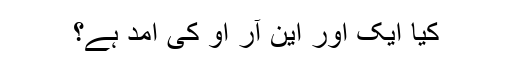
کیا ایک اور این آر او کی آمد ہے؟